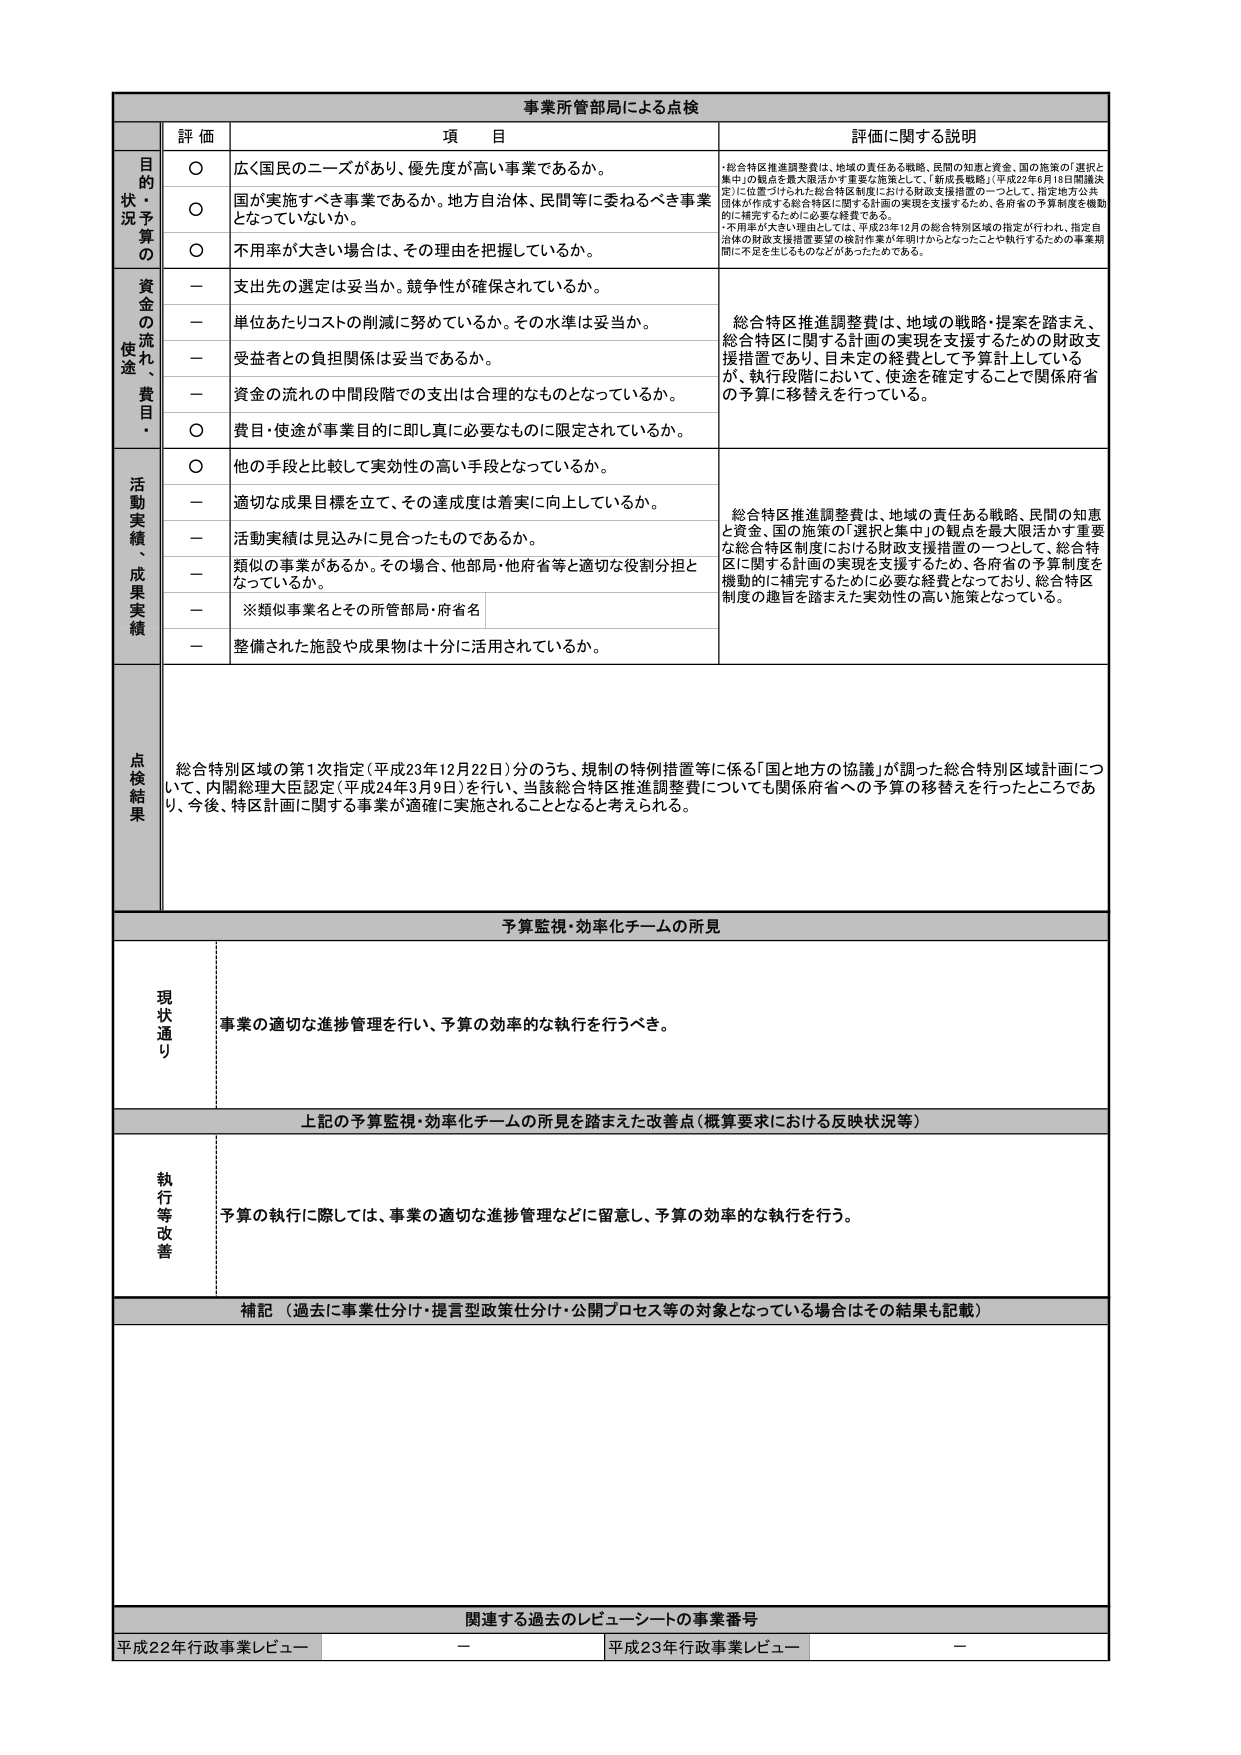
事業所管当局による点検

評価 項目 評価に関する説明

目的状況予算の
○ 広く国民のニーズがあり、優先度が高い事業であるか。
・総合特区推進調整費は、地域の責任ある戦略、民間の知恵と資金、国の施策の「選択と集中」の観点を最大限活かす重要な施策として、「新成長戦略」（平成22年6月18日閣議決定）に位置づけられた総合特区制度における財政支援措置の一つとして、指定地方公共団体が作成する総合特区に関する計画の実現を支援するため、各府省の予算制度を機動的に補完するために必要な経費である。
・不用率が大きい理由としては、平成23年12月の総合特別区域の指定が行われ、指定自治体の財政支援措置要望の検討作業が年明けからとなったことや執行するための事業期間に不足を生じるものなどがあったためである。

○ 国が実施すべき事業であるか。地方自治体、民間等に委ねるべき事業となっていないか。

○ 不用率が大きい場合は、その理由を把握しているか。

資金の流れ、使途、費目・
－ 支出先の選定は妥当か、競争性が確保されているか。
総合特区推進調整費は、地域の戦略・提案を踏まえ、総合特区に関する計画の実現を支援するための財政支援措置であり、目未定の経費として予算計上しているが、執行段階において、使途を確定することで関係府省の予算に移替えを行っている。

－ 単位あたりコストの削減に努めているか。その水準は妥当か。

－ 受益者との負担関係は妥当であるか。

－ 資金の流れの中間段階での支出は合理的なものとなっているか。

○ 費目・使途が事業目的に即し真に必要なものに限定されているか。

活動実績、成果実績
○ 他の手段と比較して実効性の高い手段となっているか。
総合特区推進調整費は、地域の責任ある戦略、民間の知恵と資金、国の施策の「選択と集中」の観点を最大限活かす重要な総合特区制度における財政支援措置の一つとして、総合特区に関する計画の実現を支援するため、各府省の予算制度を機動的に補完するために必要な経費となっており、総合特区制度の趣旨を踏まえた実効性の高い施策となっている。

－ 適切な成果目標を立て、その達成度は着実に向上しているか。

－ 活動実績は見込みに見合ったものであるか。

－ 類似の事業があるか。その場合、他部局・他府省等と適切な役割分担となっているか。
※類似事業名とその所管部局・府省名

－ 整備された施設や成果物は十分に活用されているか。

点検結果
総合特別区域の第1次指定（平成23年12月22日）分のうち、規制の特例措置等に係る「国と地方の協議」が調った総合特別区域計画について、内閣総理大臣認定（平成24年3月9日）を行い、当該総合特区推進調整費についても関係府省への予算の移替えを行ったところであり、今後、特区計画に関する事業が適確に実施されることとなると考えられる。

予算監視・効率化チームの所見

現状通り
事業の適切な進捗管理を行い、予算の効率的な執行を行うべき。

上記の予算監視・効率化チームの所見を踏まえた改善点（概算要求における反映状況等）

執行等改善
予算の執行に際しては、事業の適切な進捗管理などに留意し、予算の効率的な執行を行う。

補記（過去に事業仕分け・提言型政策仕分け・公開プロセス等の対象となっている場合はその結果も記載）

関連する過去のレビュー・シートの事業番号
平成22年行政事業レビュー － 平成23年行政事業レビュー －